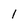
Character: I